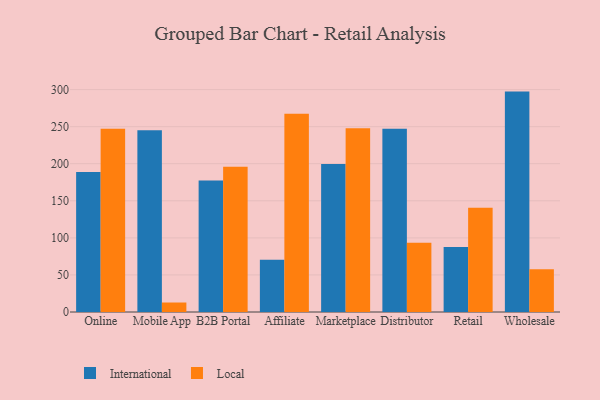
{"axis": {"x": "Channel", "y": "Population (Million)"}, "legend": ["International", "Local"], "data": [{"x": "Online", "y": 188.9, "type": "International"}, {"x": "Online", "y": 247.1, "type": "Local"}, {"x": "Mobile App", "y": 245.2, "type": "International"}, {"x": "Mobile App", "y": 12.8, "type": "Local"}, {"x": "B2B Portal", "y": 177.3, "type": "International"}, {"x": "B2B Portal", "y": 195.9, "type": "Local"}, {"x": "Affiliate", "y": 70.6, "type": "International"}, {"x": "Affiliate", "y": 267.4, "type": "Local"}, {"x": "Marketplace", "y": 199.8, "type": "International"}, {"x": "Marketplace", "y": 247.9, "type": "Local"}, {"x": "Distributor", "y": 247.2, "type": "International"}, {"x": "Distributor", "y": 93.4, "type": "Local"}, {"x": "Retail", "y": 87.8, "type": "International"}, {"x": "Retail", "y": 140.5, "type": "Local"}, {"x": "Wholesale", "y": 297.3, "type": "International"}, {"x": "Wholesale", "y": 57.7, "type": "Local"}]}